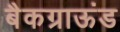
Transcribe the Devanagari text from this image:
बैकग्राऊंड